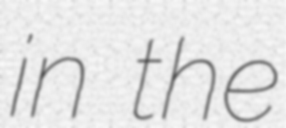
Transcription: in the